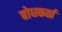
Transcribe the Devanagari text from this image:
बोधकर्ता